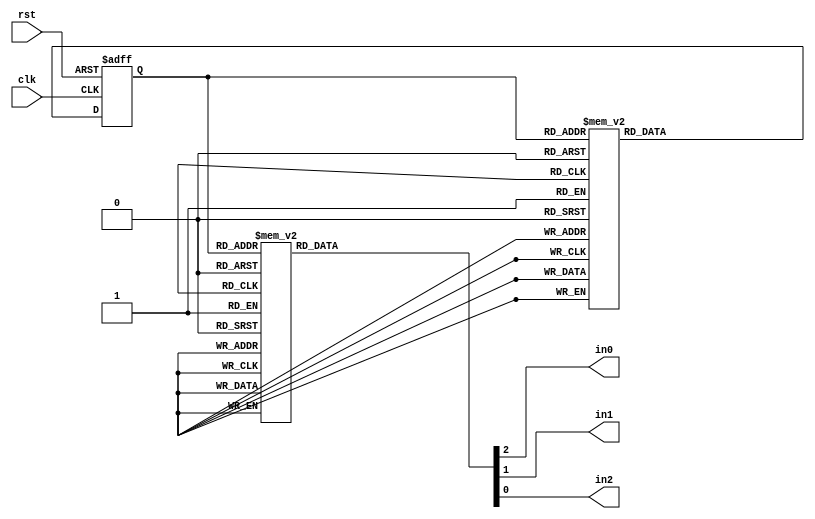
module tv_gen(clk, rst, in0, in1, in2);
    input clk;
    input rst;
    output reg in0,in1,in2;

    parameter S0 = 0;
    parameter S1 = 1;
    parameter S2 = 2;
    parameter S3 = 3;
    parameter S4 = 4;
    parameter S5 = 5;
    parameter S6 = 6;
    parameter S7 = 7;

    reg [2:0] c_state, next;

    always@(posedge clk, negedge rst)begin
        if(!rst) c_state <= S0;
        else c_state <= next;
    end

    always@(c_state) begin
        case(c_state)
            S0 : next = S1;
            S1 : next = S2;
            S2 : next = S3;
            S3 : next = S4;
            S4 : next = S5;
            S5 : next = S6;
            S6 : next = S7;
            S7 : next = S0;
        endcase
    end

    always@(c_state)begin
        case(c_state)
        S0 : begin
            in2 = 1'b0;
            in1 = 1'b0;
            in0 = 1'b0;
        end
        S1 : begin
            in2 = 1'b0;
            in1 = 1'b0;
            in0 = 1'b1;
        end
        S2 : begin
            in2 = 1'b0;
            in1 = 1'b1;
            in0 = 1'b0;
        end
        S3 : begin
            in2 = 1'b0;
            in1 <= 1'b1;
            in0 <= 1'b1;
        end
        S4 : begin
            in2 = 1'b1;
            in1 = 1'b0;
            in0 = 1'b0;
        end
        S5 : begin
            in2 = 1'b1;
            in1 = 1'b0;
            in0 = 1'b1;
        end
        S6 : begin
            in2 = 1'b1;
            in1 = 1'b1;
            in0 = 1'b0;
        end
        S7 : begin
            in2 = 1'b1;
            in1 = 1'b1;
            in0 = 1'b1;
        end
        endcase
    end
endmodule